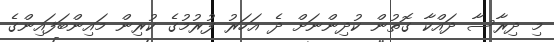
މި ދިރާސާ ދައްކާ ގޮތުން ކުދިންނަށް ދެ އަހަރު ފުރުމުގެ ކުރިން މައިންބަފައިންގެ